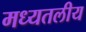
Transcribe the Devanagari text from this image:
मध्यतलीय